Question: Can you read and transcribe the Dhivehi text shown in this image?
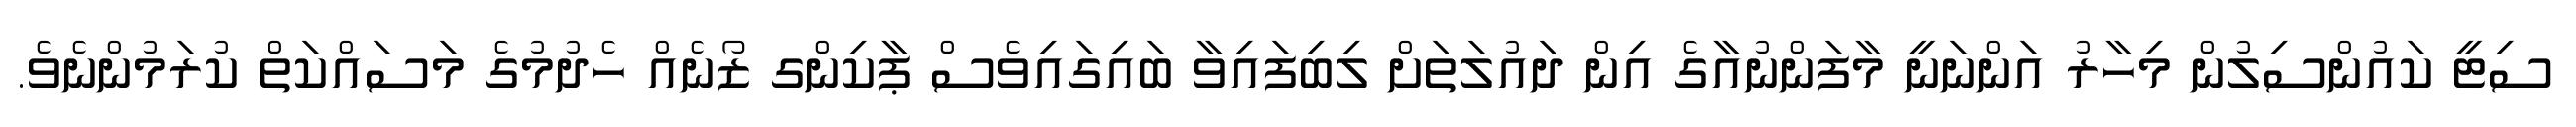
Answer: ސިޓީ ކައުންސިލުން މިހާރު އަންނަނީ މާފަންނުއާގެ އިން ދައުލަތަށް ލިބިފައިވާ ބައިގައިވެސް ޕާކިންގ ޒޯނެއް ހެދުމުގެ މަސައްކަތް ކުރަމުންނެވެ.